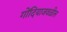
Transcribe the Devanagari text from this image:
गोंदियाजवळील